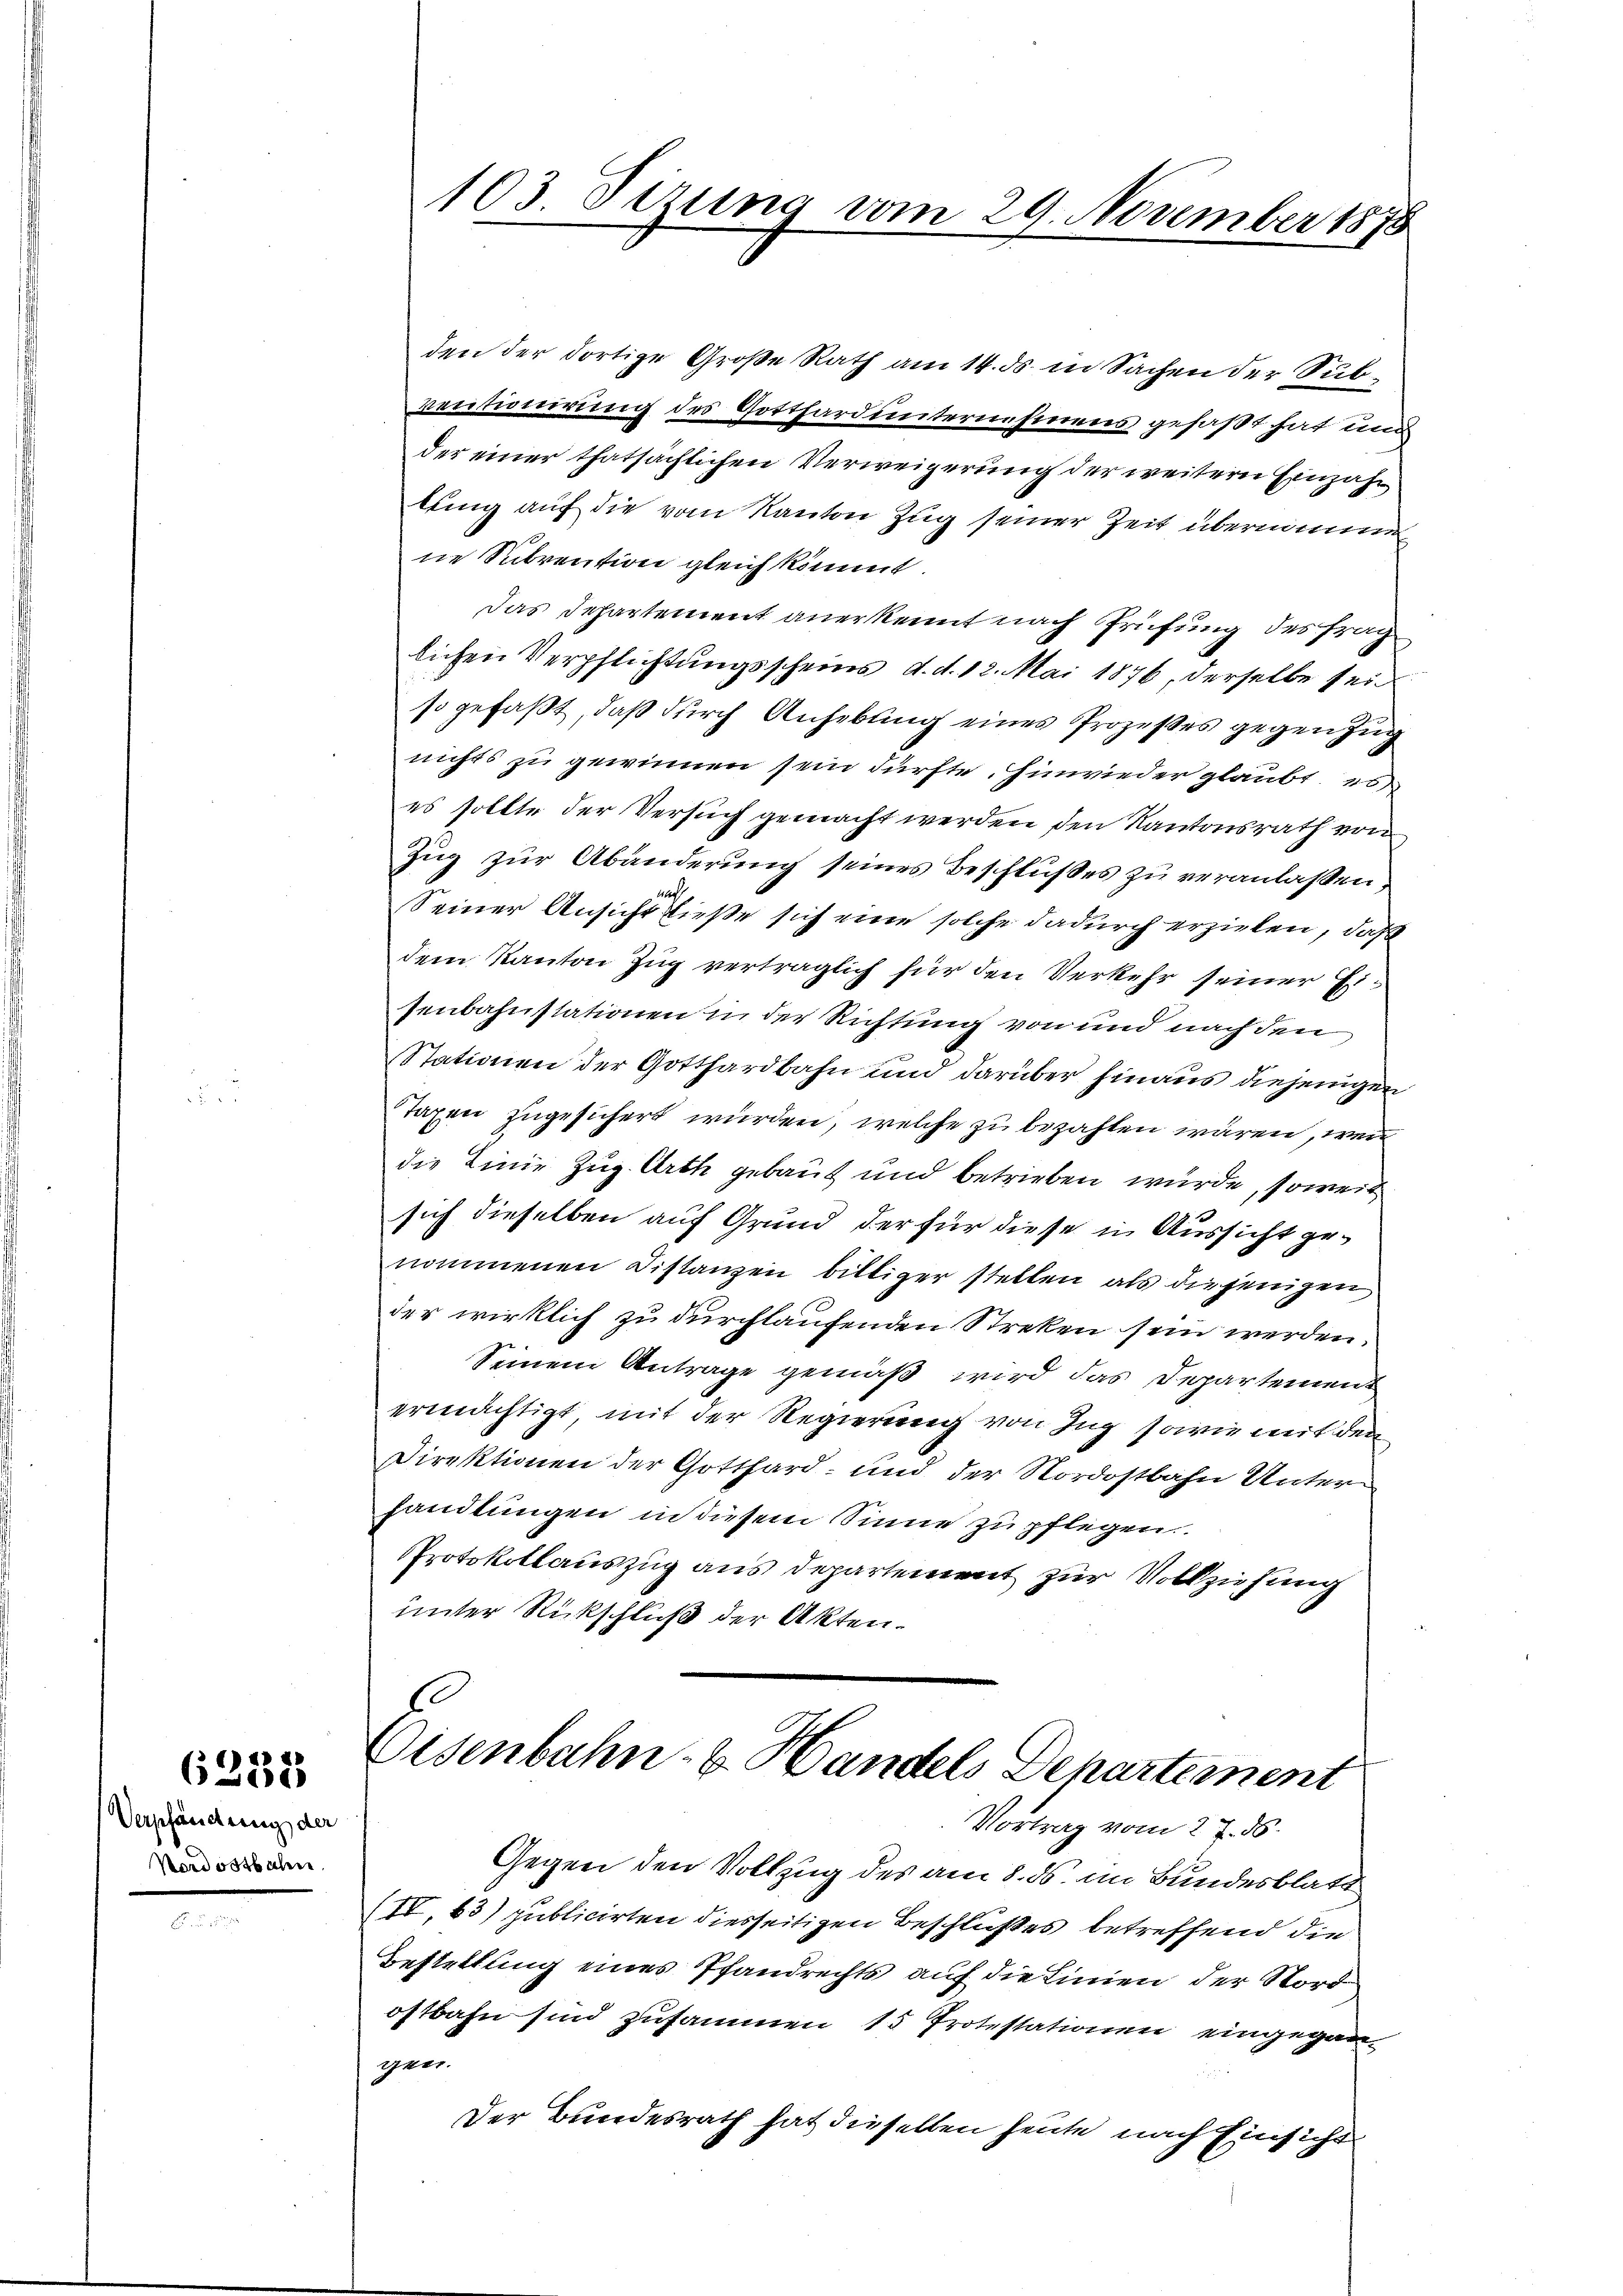
6322

Verpfändung der
Nordostbahn

den der dortige Große Rath am 14. ds. in Sachen der Subventionirung des Gotthard unternehmens gefaßt hat und
der einer thatsächlichen Verweigerung der weitern Einzahn
lung auf die vom Kanton Zug seiner Zeit übernimme
ne Subrention gleich kömmt.
Das Departement anerkennt nach Prüfung des frag
lichen Verpflichtungsscheins d. d. 12. Mai 1876, derselbe sein
so gefaßt, daß durch Anhebung eines Prozeßes gegen zug
nichts zu gewinnen sein dürfte. Hinwieder glaubt es
es sollte der Versuch gemacht werden den Kantonsrath von
Zug zur Abänderung seines Beschlußes zu veranlaßen,
Seiner Ansicht ließe sich eine solche dadurch erzielen, daß
dem Kanton Zug verträglich für den Verkehr seiner Eisenbahnstationen in der Richtung von und nach den
Stationen der Gotthardbahn und darüber hinaus diejenigen
Taxen zugesichert wurden, welche zu bezahlen wären, wenn
die Linie Zug. Arth gebaut und betrieben wurde, soweit
sich dieselben auf Grund der für diese in Aussicht genommenen Distanzen billiger stellen als diejenigen
der wirklich zu durchlaufenden Streken sein werden.
Seinem Antrage gemäß wird das Departement
ermächtigt mit der Regierung von Ing sowie mit den
Direktionen der Gotthard- und der Nordostbahn Unterhandlungen in diesem Sinne zu pflegen.
Protokollauszug aus Departement zur Vollziehung
unter Rückschluß der Akten.
e
Eisenbahn- u. Handels Departement
Vortrag vom 2 t d.
Gegen den Vollzug des am 8. ds. im Bundesblatt
(IV.63) publicirten diesseitigen Beschlußes betreffend die
Bestellung eines Pfandrechts auf die Linien der Nord
ostbahn sind zusammen 15 Protestationen eingegangen.
Der Bundesrath hat dieselben heute nach Einsicht

103. Sizung vom 29. November 1873